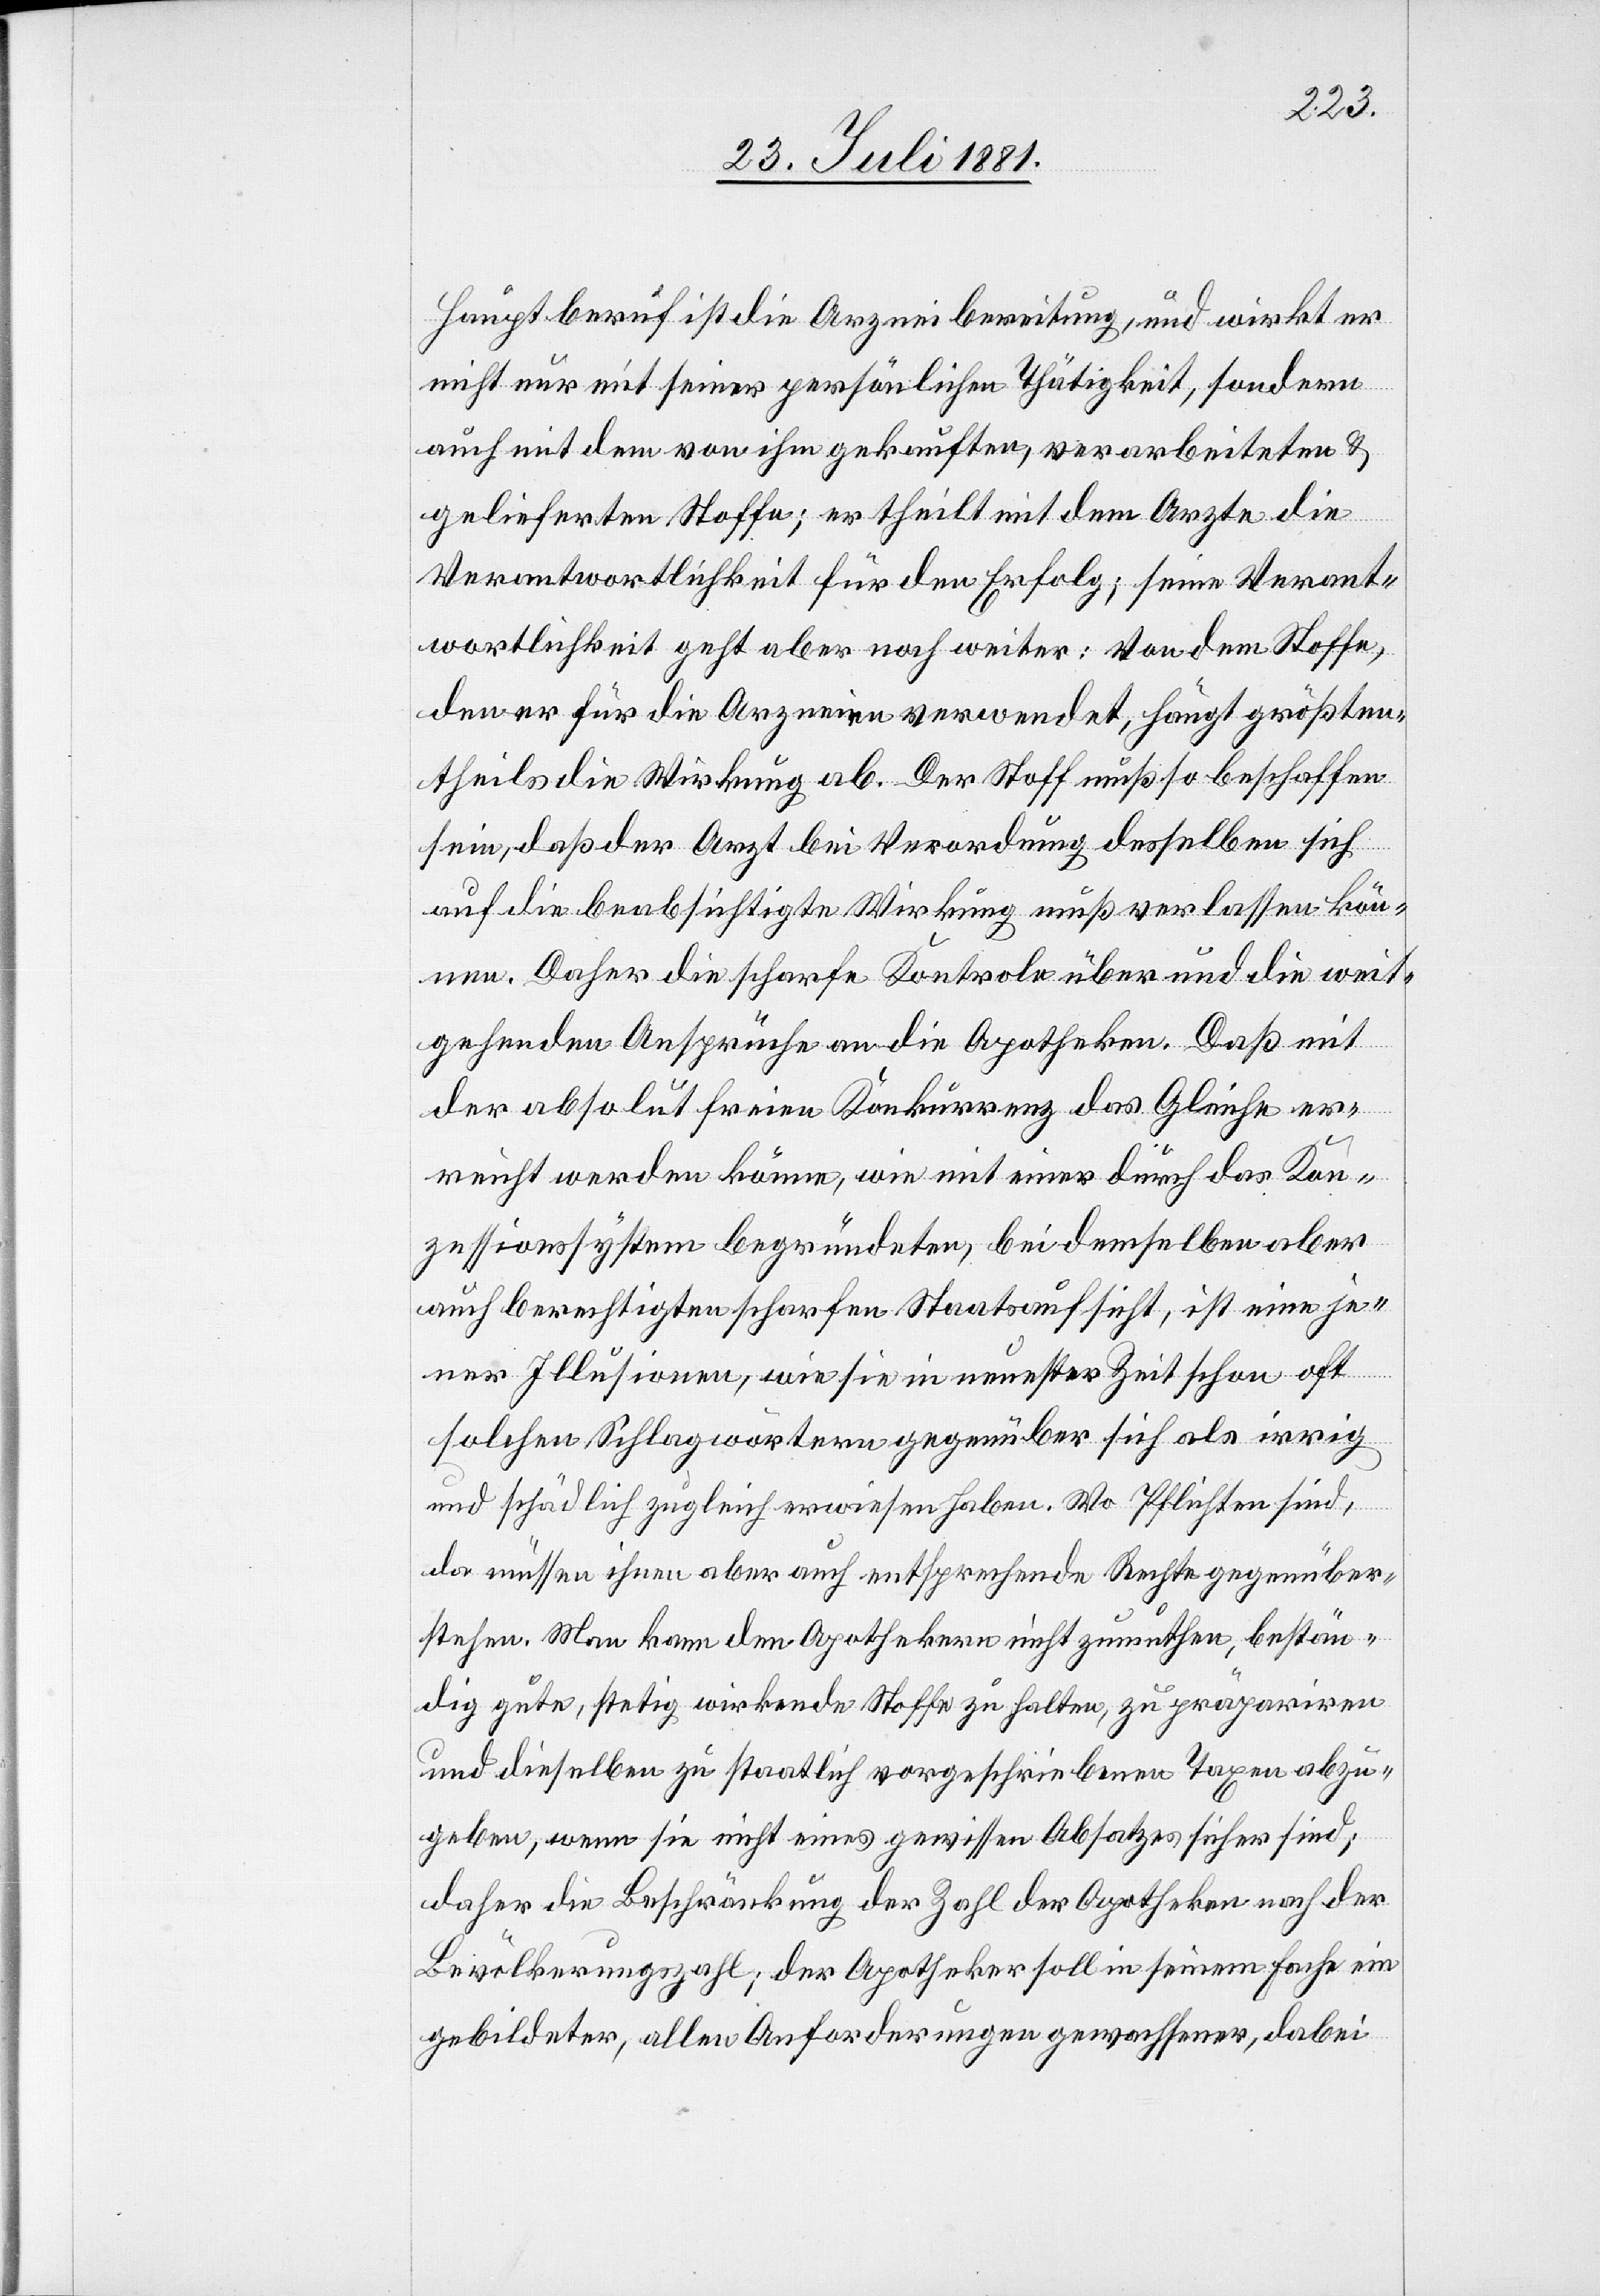
Hauptberuf ist die Arzneibereitung, und wirkt er
nicht nur mit seiner persönlichen Thätigkeit, sondern
auch mit dem von ihm gekauften, verarbeiteten &
gelieferten Stoffe; er theilt mit dem Arzte die
Verantwortlichkeit für den Erfolg; seine Verant¬
wortlichkeit geht aber noch weiter: von dem Stoffe,
den er für die Arzneien verwendet, hängt größten¬
theils die Wirkung ab. Der Stoff muß so beschaffen
sein, daß der Arzt bei Veränderung desselben sich
auf die beabsichtigte Wirkung muß verlassen kön¬
nen. Daher die scharfe Kontrole über und die weit¬
gehenden Ansprüche an die Apotheken. Daß mit
der absolut freien Konkurrenz das Gleiche er¬
reicht werden könne, wie mit einer durch das Kon¬
zessionssystem begründeten, bei demselben
auch berechtigten scharfen Staatsaufsicht, ist eine je¬
ner Illusionen, wie sie in neuester Zeit schon oft
solchen Schlagwörtern gegenüber sich als irrig
und schädlich zugleich erwiesen haben. Wo Pflichten sind,
da müssen ihnen aber auch entsprechende Rechte gegenüber¬
stehen. Man kann den Apothekern nicht zumuthen, bestän¬
dig gute, stetig wirkende Stoffe zu halten, zu präpariren
und dieselben zu staatlich vorgeschriebenen Tagen abzu¬
geben, wenn sie nicht eines gewissen Absatzes sicher sind;
daher die Beschränkung der Zahl der Apotheken nach der
Bevölkerungszahl; der Apotheker soll in seinem Fach ein
gebildeter, allen Anforderungen gewachsener, dabei